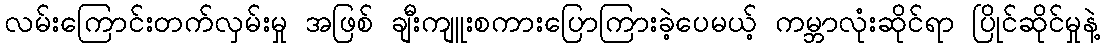
လမ်းကြောင်းတက်လှမ်းမှု အဖြစ် ချီးကျူးစကားပြောကြားခဲ့ပေမယ့် ကမ္ဘာလုံးဆိုင်ရာ ပြိုင်ဆိုင်မှုနဲ့